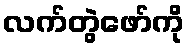
လက်တွဲဖော်ကို